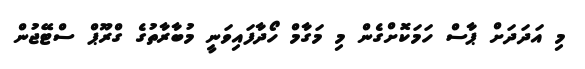
މި އަދަދަށް ޕާސް ހަމަކޮށްގެން މި މަގާމް ހޯދާފައިވަނީ މުބާރާތުގެ ގްރޫޕް ސްޓޭޖުން